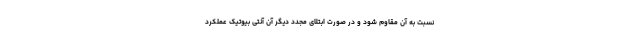
نسبت به آن مقاوم شود و در صورت ابتلای مجدد دیگر آن آنتی بیوتیک عملکرد